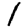
Digit: 1